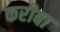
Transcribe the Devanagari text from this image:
करीबा